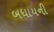
બધાયની